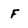
Character: f